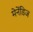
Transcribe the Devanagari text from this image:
मेनेंडिज